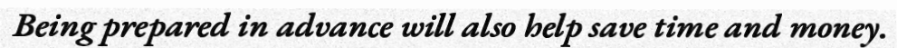
Being prepared in advance will also help save time and money.